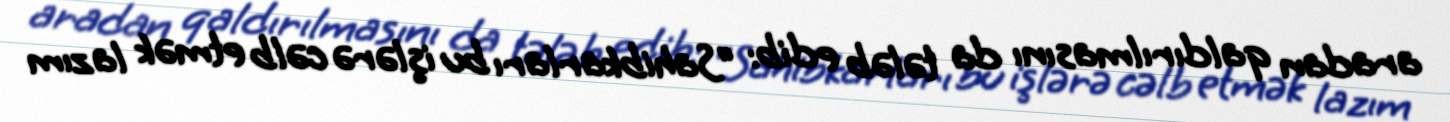
aradan qaldırılmasını da tələb edib: “Sahibkarları bu işlərə cəlb etmək lazım